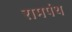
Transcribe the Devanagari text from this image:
रामपंथ